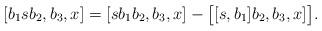
LaTeX: \begin{align*}[b_1 s b_2, b_3, x] = [ s b_1 b_2, b_3, x] - \bigl[ [s, b_1] b_2, b_3, x] \bigr] .\end{align*}